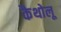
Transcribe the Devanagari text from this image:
कैथोलू